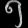
Digit: ၅